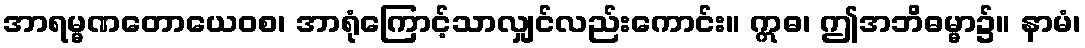
အာရမ္မဏတောယေဝစ၊ အာရုံကြောင့်သာလျှင်လည်းကောင်း။ ဣဓ၊ ဤအဘိဓမ္မာ၌။ နာမံ၊